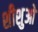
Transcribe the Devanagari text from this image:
शीशुओ